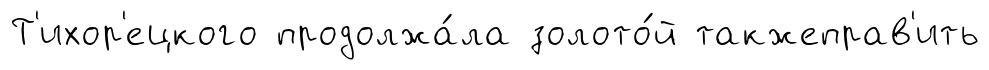
Т'ихор'ецкого продолжа́ла золото́й такжеправ'ить